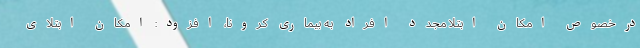
درخصوص امکان ابتلا مجدد افراد به بیماری کرونا، افزود: امکان ابتلای